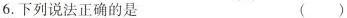
6.下列说法正确的是 ( )